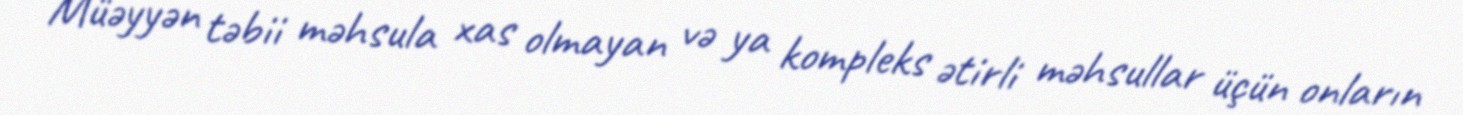
Müəyyən təbii məhsula xas olmayan və ya kompleks ətirli məhsullar üçün onların